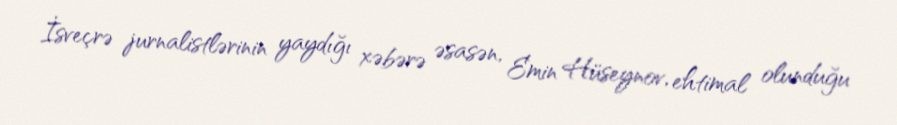
İsveçrə jurnalistlərinin yaydığı xəbərə əsasən, Emin Hüseynov, ehtimal olunduğu